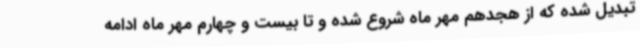
تبدیل شده که از هجدهم مهر ماه شروع شده و تا بیست و چهارم مهر ماه ادامه